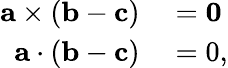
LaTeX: \begin{array}{rl}{\mathbf{a}\times(\mathbf{b}-\mathbf{c})}&{{}=\mathbf{0}}\\ {\mathbf{a}\cdot(\mathbf{b}-\mathbf{c})}&{{}=0,}\end{array}